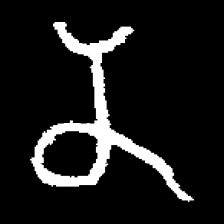
Pyu character \u2014 Myanmar letter: န (romanized: na)